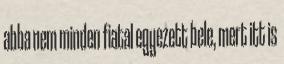
abba nem minden fiatal egyezett bele, mert itt is